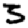
Digit: 3